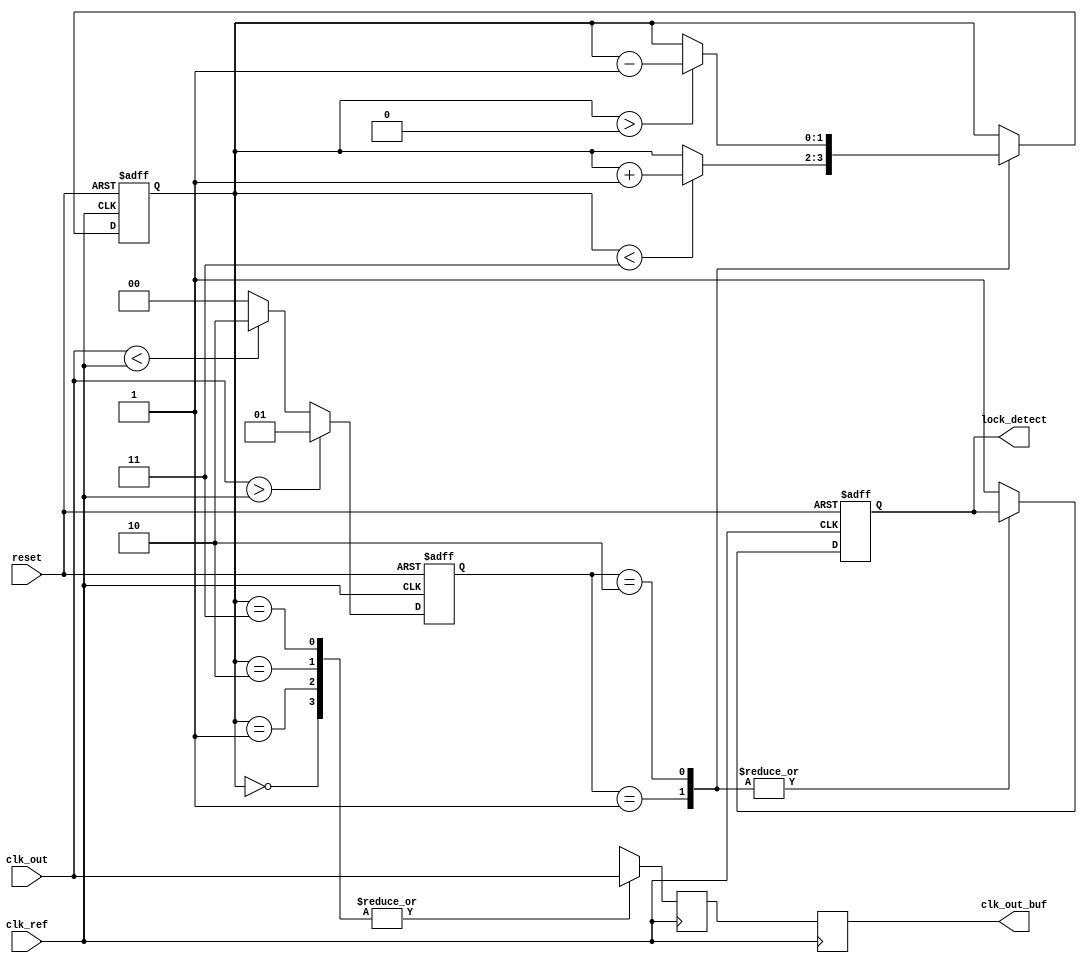
module memory_blocks_dll (
    input wire clk_ref,              // Reference clock input
    input wire clk_out,              // Output clock from the delay line
    input wire reset,                // Active high reset signal
    output reg clk_out_buf,          // Buffered output clock
    output reg lock_detect           // Lock detection signal
);

    // Parameters
    parameter DELAY_ELEMENTS = 4;    // Number of delay elements
    parameter ERROR_THRESHOLD = 1;    // Phase error threshold for locking

    // Internal signals
    reg [DELAY_ELEMENTS-1:0] delay_line; // Delay line control
    reg [1:0] phase_error;               // Phase error signal
    reg [1:0] delay_select;              // Current delay selection
    wire clk_delayed;                    // Delayed clock signal

    // Simple Phase Detector (PD) - compares phases
    always @(posedge clk_ref or posedge reset) begin
        if (reset) begin
            phase_error <= 2'b00; // Reset phase error
        end else begin
            // Compare clk_ref and clk_out to generate phase error
            if (clk_out > clk_ref) begin
                phase_error <= 2'b01; // clk_out is ahead
            end else if (clk_out < clk_ref) begin
                phase_error <= 2'b10; // clk_out is behind
            end else begin
                phase_error <= 2'b00; // Aligned
            end
        end
    end

    // Delay Line Control Logic
    always @(posedge clk_ref or posedge reset) begin
        if (reset) begin
            delay_select <= 2'b00; // Reset delay selection
            lock_detect <= 1'b0;    // Reset lock detection
        end else begin
            case (phase_error)
                2'b01: if (delay_select < DELAY_ELEMENTS-1) delay_select <= delay_select + 1; // Adjust delay forward
                2'b10: if (delay_select > 0) delay_select <= delay_select - 1; // Adjust delay backward
                default: lock_detect <= 1'b1; // Locked
            endcase
        end
    end

    // Delay Line Implementation
    always @(posedge clk_ref) begin
        case (delay_select)
            2'b00: clk_delayed <= clk_out; // No delay
            2'b01: clk_delayed <= #1 clk_out; // 1 time unit delay
            2'b10: clk_delayed <= #2 clk_out; // 2 time units delay
            2'b11: clk_delayed <= #3 clk_out; // 3 time units delay
            default: clk_delayed <= clk_out; // Default case
        endcase
    end

    // Output Clock Buffer
    always @(posedge clk_ref) begin
        clk_out_buf <= clk_delayed; // Buffer the delayed clock
    end

endmodule